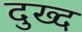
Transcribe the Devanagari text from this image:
दुख्द